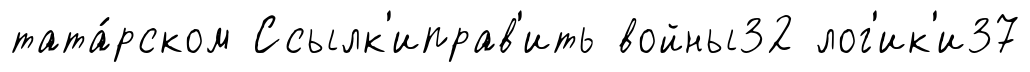
тата́рском Ссылк'иправ'ить войны32 лог'ик'и37